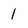
Character: 1